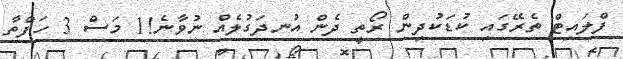
ފްލައިޓް ތެރޭގައި ކުޑަކުދިން ރޯތީ ދެން އުނދަގުލެއް ނުވާނެ!1 މަސް 3 ހަފްތާ